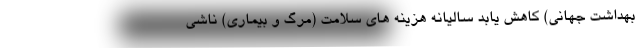
بهداشت جهانی) کاهش یابد سالیانه هزینه های سلامت (مرگ و بیماری) ناشی